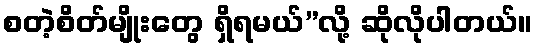
စတဲ့စိတ်မျိုးတွေ ရှိရမယ်”လို့ ဆိုလိုပါတယ်။